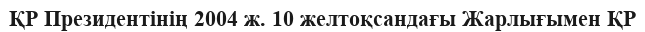
ҚР Президентінің 2004 ж. 10 желтоқсандағы Жарлығымен ҚР